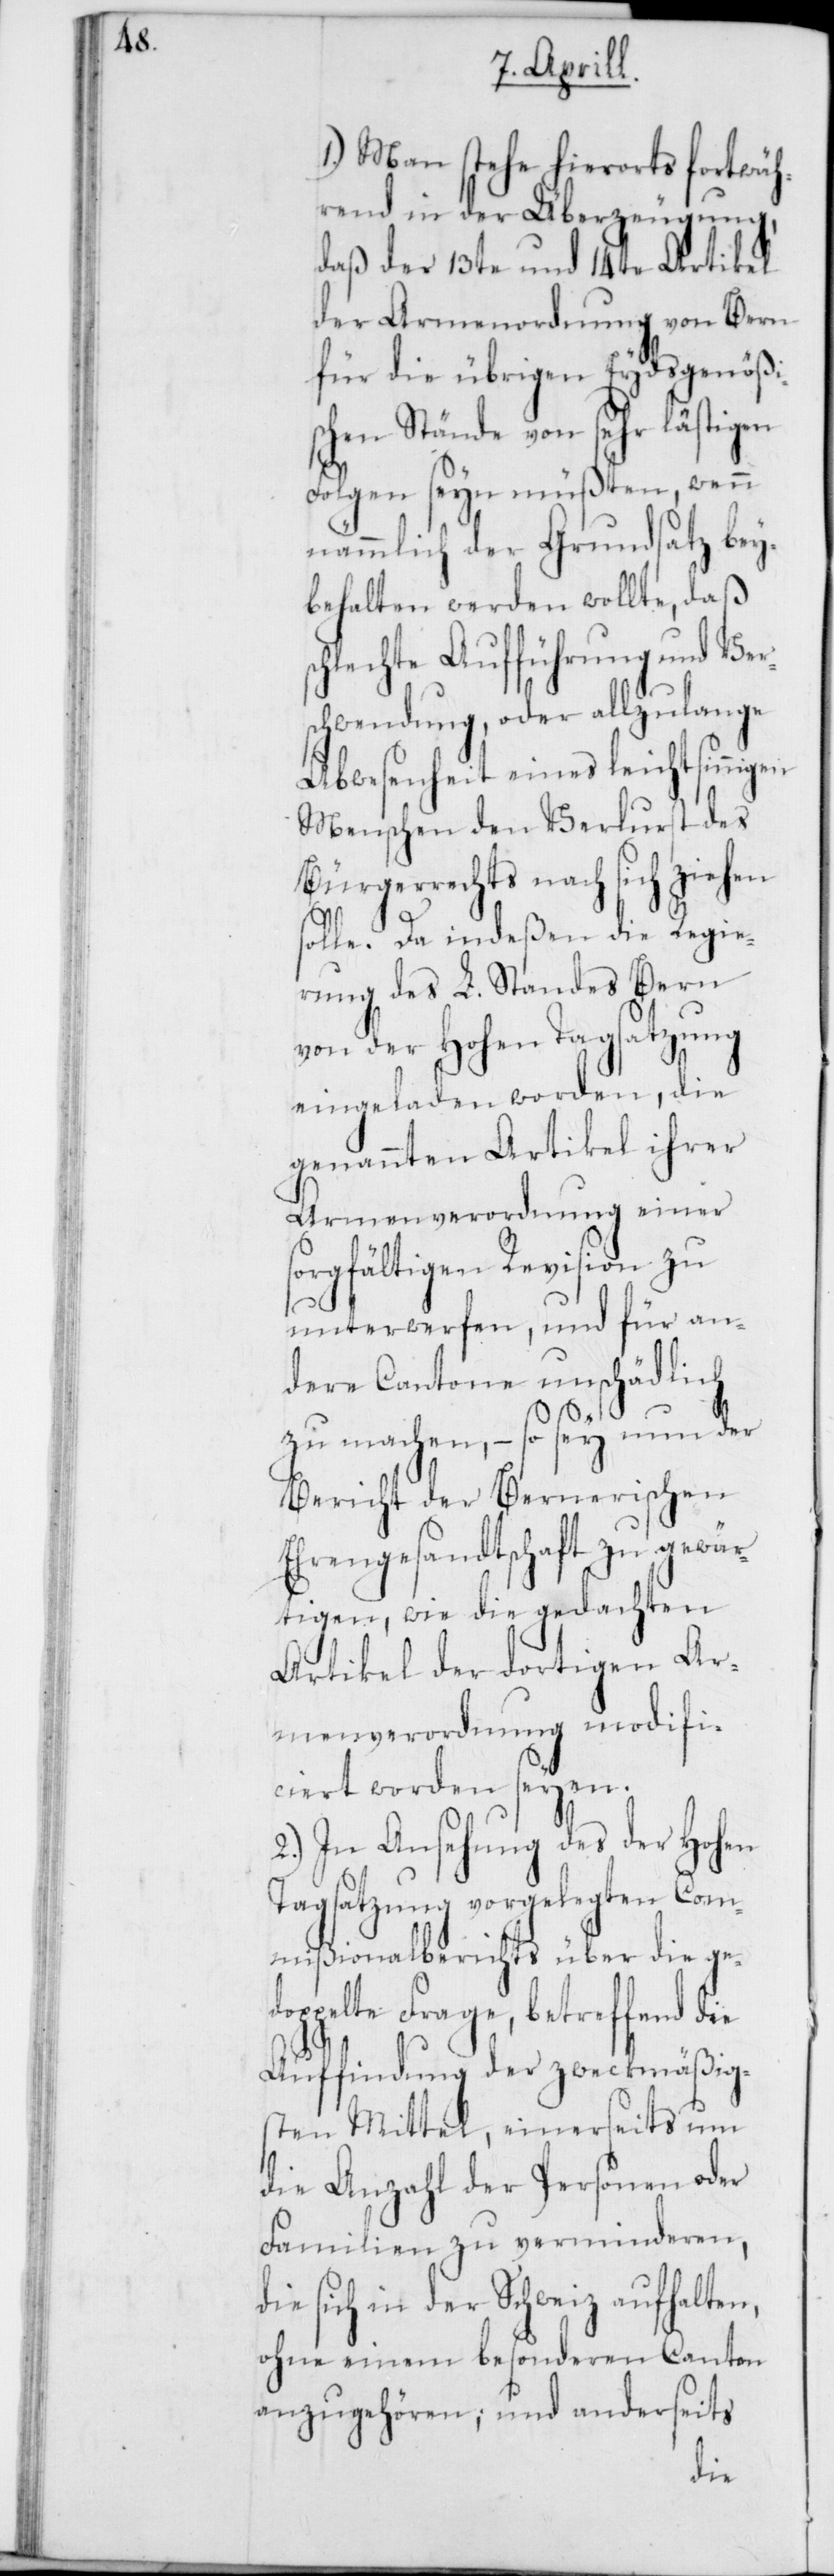
1.) Man stehe hierorts fortwäh¬
rend in der Überzeugung,
daß der 13te und 14te Artikel
der Armenordnung von Bern
für die übrigen Eydsgenößi¬
schen Stände von sehr lästigen
Folgen seyn müßten, wenn
nämmlich der Grundsatz bey¬
behalten werden wollte, daß s¬
chlechte Aufführung und Ver¬
schwendung oder allzu lange
Abwesenheit eines leichtsinnigen
Menschen den Verlust des
Bürgerrechts nach sich ziehen
solle. Da indeßen die Regie¬
rung des L. Standes Bern
von der Hohen Tagsatzung
eingeladen worden, die
genannten Artikel ihrer
Armenverordnung einer
sorgfältigen Revision zu
unterwerfen, und für an¬
dere Cantone unschädlich
zu machen, – so sey nun der
Bericht der Bernerischen
Ehrengesandtschaft zu gewär¬
tigen, wie die gedachten
Artikel der dortigen Ar¬
menverordnung modifi¬
ciert worden seyen.
2.) In Ansehung des der Hohen
Tagsatzung vorgelegten Com¬
mißionalberichts über die ge¬
doppelte Frage, betreffend die
Auffindung der zweckmäßig¬
sten Mittel, einerseits um
die Anzahl der Personen oder
Familien zu verminderen,
sich in der Schweiz aufhalten,
ohne einem besonderen Canton
anzugehören; und anderseits
die